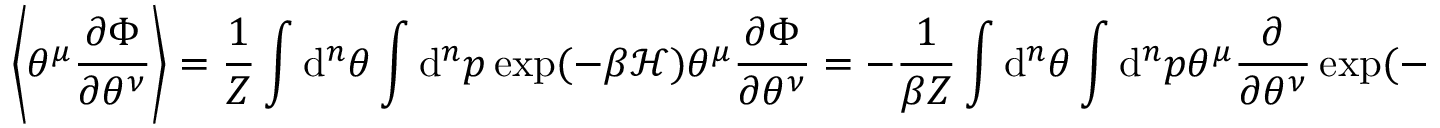
\left\langle \theta ^ { \mu } \frac { \partial \Phi } { \partial \theta ^ { \nu } } \right\rangle = \frac { 1 } { Z } \int \mathrm { d } ^ { n } \theta \int \mathrm { d } ^ { n } p \: \exp ( - \beta \mathcal { H } ) \: \theta ^ { \mu } \frac { \partial \Phi } { \partial \theta ^ { \nu } } = - \frac { 1 } { \beta Z } \int \mathrm { d } ^ { n } \theta \int \mathrm { d } ^ { n } p \: \theta ^ { \mu } \frac { \partial } { \partial \theta ^ { \nu } } \exp ( - \beta \mathcal { H } ) = \frac { 1 } { \beta Z } \int \mathrm { d } ^ { n } \theta \int \mathrm { d } ^ { n } p \: \frac { \partial \theta ^ { \mu } } { \partial \theta ^ { \nu } } \: \exp ( - \beta \mathcal { H } ) = \frac { \delta _ { \nu } ^ { \mu } } { \beta }